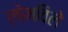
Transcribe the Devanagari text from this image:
लोभविले